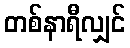
တစ်နာရီလျှင်